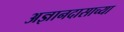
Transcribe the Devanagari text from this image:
अज्ञानदासाच्या